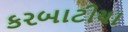
કરબાટીયા